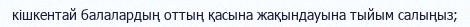
кішкентай балалардың оттың қасына жақындауына тыйым салыңыз;